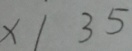
x / 3 5